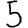
Digit: 5